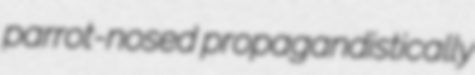
parrot-nosed propagandistically